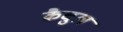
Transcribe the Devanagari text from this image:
कैचुल